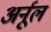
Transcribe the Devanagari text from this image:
अर्नूल